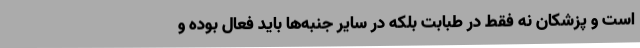
است و پزشکان نه فقط در طبابت بلکه در سایر جنبه‌ها باید فعال بوده و